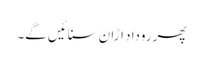
پھر رودادِ اڑان سنائیں گے۔